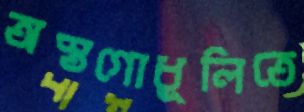
অস্তগোধূলিতে